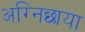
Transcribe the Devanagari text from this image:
अग्निछाया